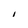
Character: i